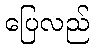
ပြေလည်